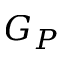
G _ { P }